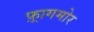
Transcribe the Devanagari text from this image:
फ़्रागमोर